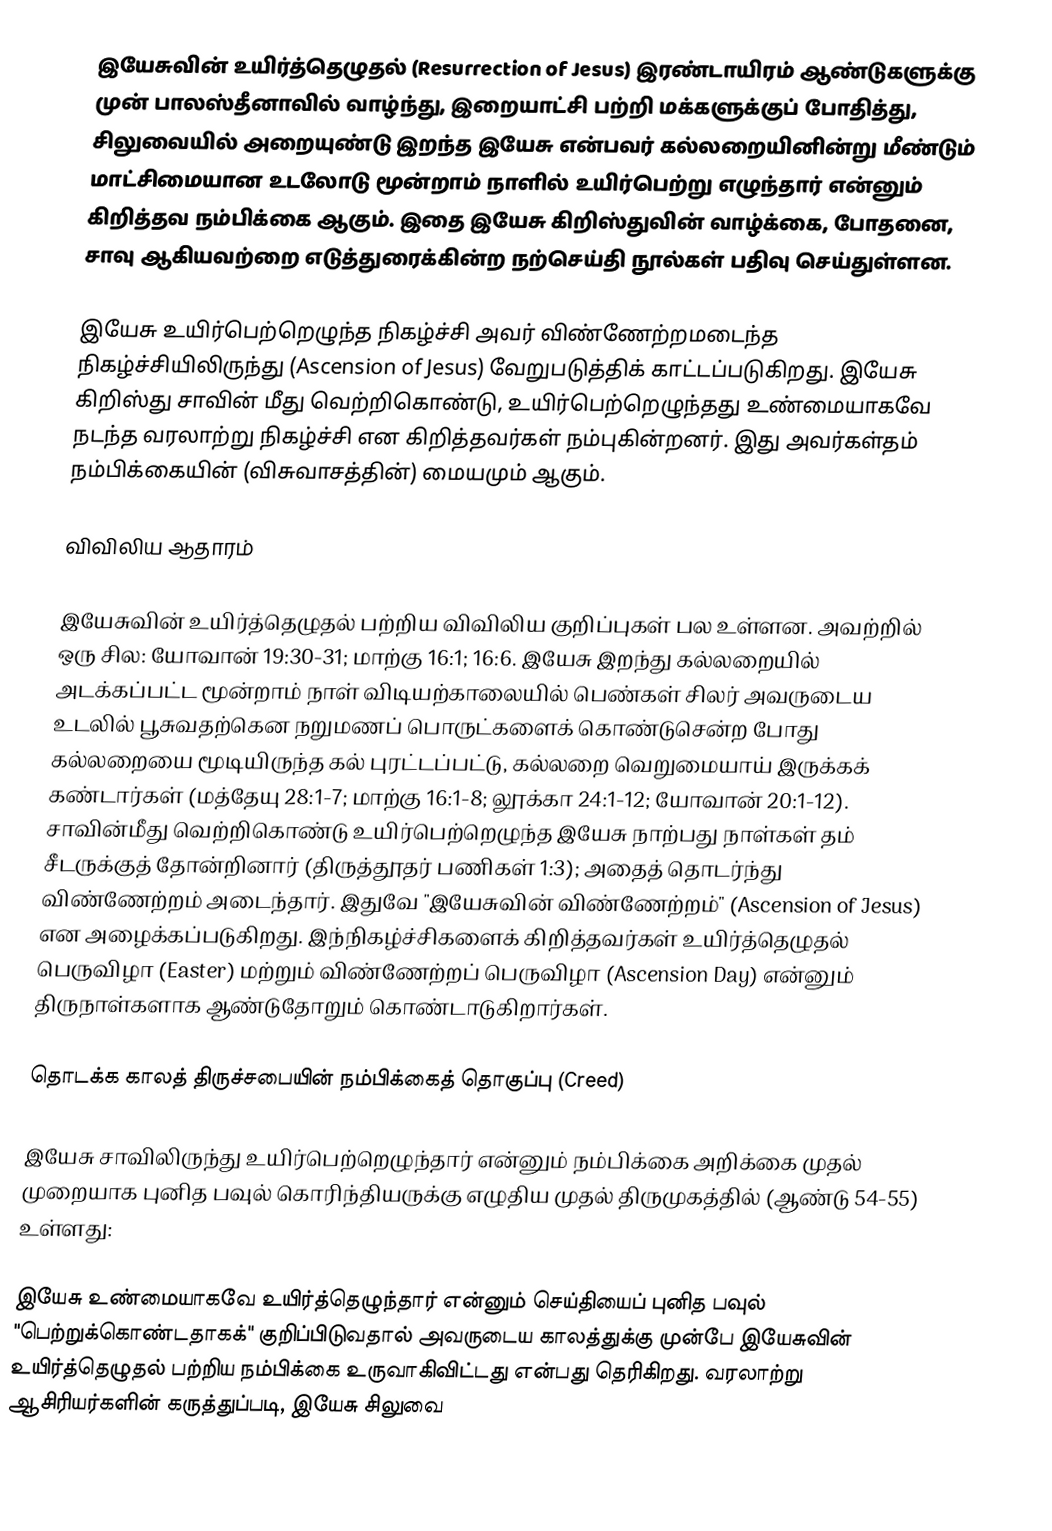
இயேசுவின் உயிர்த்தெழுதல் (Resurrection of Jesus) இரண்டாயிரம் ஆண்டுகளுக்கு முன் பாலஸ்தீனாவில் வாழ்ந்து, இறையாட்சி பற்றி மக்களுக்குப் போதித்து, சிலுவையில் அறையுண்டு இறந்த இயேசு என்பவர் கல்லறையினின்று மீண்டும் மாட்சிமையான உடலோடு மூன்றாம் நாளில் உயிர்பெற்று எழுந்தார் என்னும் கிறித்தவ நம்பிக்கை ஆகும். இதை இயேசு கிறிஸ்துவின் வாழ்க்கை, போதனை, சாவு ஆகியவற்றை எடுத்துரைக்கின்ற நற்செய்தி நூல்கள் பதிவு செய்துள்ளன.

இயேசு உயிர்பெற்றெழுந்த நிகழ்ச்சி அவர் விண்ணேற்றமடைந்த நிகழ்ச்சியிலிருந்து (Ascension of Jesus) வேறுபடுத்திக் காட்டப்படுகிறது. இயேசு கிறிஸ்து சாவின் மீது வெற்றிகொண்டு, உயிர்பெற்றெழுந்தது உண்மையாகவே நடந்த வரலாற்று நிகழ்ச்சி என கிறித்தவர்கள் நம்புகின்றனர். இது அவர்கள்தம் நம்பிக்கையின் (விசுவாசத்தின்) மையமும் ஆகும்.

விவிலிய ஆதாரம்

இயேசுவின் உயிர்த்தெழுதல் பற்றிய விவிலிய குறிப்புகள் பல உள்ளன. அவற்றில் ஒரு சில: யோவான் 19:30-31; மாற்கு 16:1; 16:6. இயேசு இறந்து கல்லறையில் அடக்கப்பட்ட மூன்றாம் நாள் விடியற்காலையில் பெண்கள் சிலர் அவருடைய உடலில் பூசுவதற்கென நறுமணப் பொருட்களைக் கொண்டுசென்ற போது கல்லறையை மூடியிருந்த கல் புரட்டப்பட்டு, கல்லறை வெறுமையாய் இருக்கக் கண்டார்கள் (மத்தேயு 28:1-7; மாற்கு 16:1-8; லூக்கா 24:1-12; யோவான் 20:1-12). சாவின்மீது வெற்றிகொண்டு உயிர்பெற்றெழுந்த இயேசு நாற்பது நாள்கள் தம் சீடருக்குத் தோன்றினார் (திருத்தூதர் பணிகள் 1:3); அதைத் தொடர்ந்து விண்ணேற்றம் அடைந்தார். இதுவே "இயேசுவின் விண்ணேற்றம்" (Ascension of Jesus) என அழைக்கப்படுகிறது. இந்நிகழ்ச்சிகளைக் கிறித்தவர்கள் உயிர்த்தெழுதல் பெருவிழா (Easter) மற்றும் விண்ணேற்றப் பெருவிழா (Ascension Day) என்னும் திருநாள்களாக ஆண்டுதோறும் கொண்டாடுகிறார்கள்.

தொடக்க காலத் திருச்சபையின் நம்பிக்கைத் தொகுப்பு (Creed)

இயேசு சாவிலிருந்து உயிர்பெற்றெழுந்தார் என்னும் நம்பிக்கை அறிக்கை முதல் முறையாக புனித பவுல் கொரிந்தியருக்கு எழுதிய முதல் திருமுகத்தில் (ஆண்டு 54-55) உள்ளது:

இயேசு உண்மையாகவே உயிர்த்தெழுந்தார் என்னும் செய்தியைப் புனித பவுல் "பெற்றுக்கொண்டதாகக்" குறிப்பிடுவதால் அவருடைய காலத்துக்கு முன்பே இயேசுவின் உயிர்த்தெழுதல் பற்றிய நம்பிக்கை உருவாகிவிட்டது என்பது தெரிகிறது. வரலாற்று ஆசிரியர்களின் கருத்துப்படி, இயேசு சிலுவை